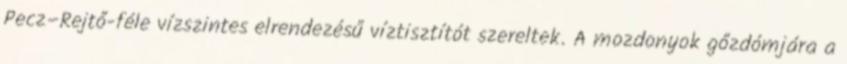
Pecz–Rejtő-féle vízszintes elrendezésű víztisztítót szereltek. A mozdonyok gőzdómjára a